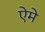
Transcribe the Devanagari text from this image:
ऐमे